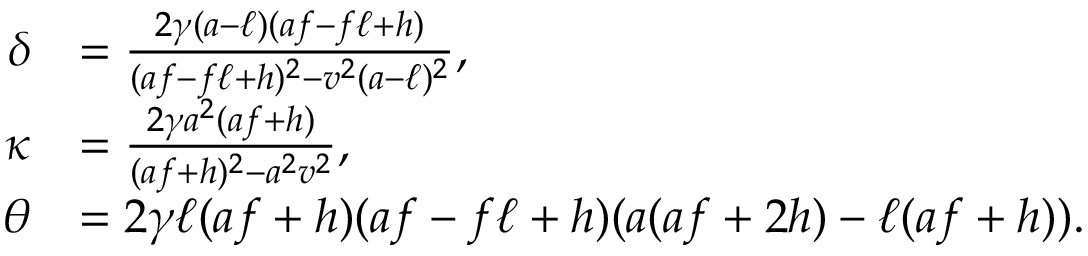
\begin{array} { r l } { \delta } & { = \frac { 2 \gamma ( a - \ell ) ( a f - f \ell + h ) } { ( a f - f \ell + h ) ^ { 2 } - v ^ { 2 } ( a - \ell ) ^ { 2 } } , } \\ { \kappa } & { = \frac { 2 \gamma a ^ { 2 } ( a f + h ) } { ( a f + h ) ^ { 2 } - a ^ { 2 } v ^ { 2 } } , } \\ { \theta } & { = 2 \gamma \ell ( a f + h ) ( a f - f \ell + h ) ( a ( a f + 2 h ) - \ell ( a f + h ) ) . } \end{array}